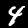
Digit: 4